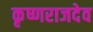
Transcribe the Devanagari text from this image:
कृष्णराजदेव